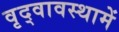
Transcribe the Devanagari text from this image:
वृद्वावस्थामें